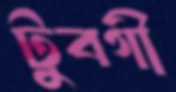
টুবগী